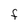
Character: F